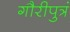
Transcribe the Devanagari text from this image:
गौरीपुत्रं